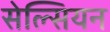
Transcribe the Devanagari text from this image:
सेल्सियन